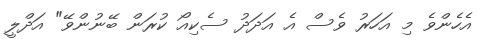
އެހެންވެ މި އަހަރު ވެސް އެ އަދަދު ސެކިއޯ ކުރަން ބޭނުންވޭ" އަދްލީ